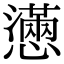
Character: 懣